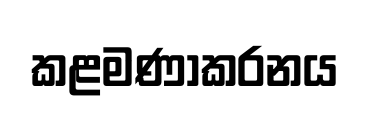
කළමණාකරනය